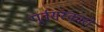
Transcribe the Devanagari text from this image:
पूर्वसंस्कारों